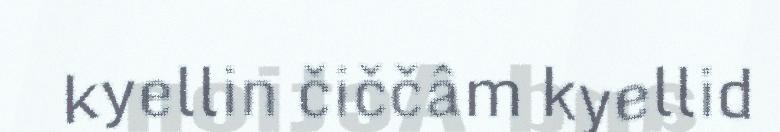
kyellin čiččâm kyellid